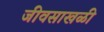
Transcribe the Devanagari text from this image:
जीवसाखळी